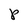
Character: P